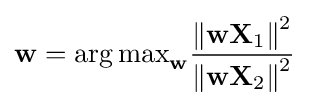
\mathbf {w} ={\arg \max }_{\mathbf {w} }{\frac {\left\|\mathbf {wX} _{1}\right\|^{2}}{\left\|\mathbf {wX} _{2}\right\|^{2}}}